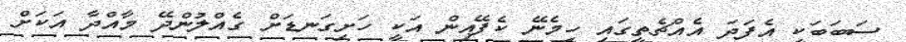
ސަބަބަކީ އެފަދަ އެއްޗެތީގައި ހިމެނޭ ކެފޭއިން އަކީ ހަށިގަނޑަށް ގެއްލުންދޭ މާއްދާ އަކަށް